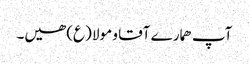
آپ ھمارے آقا و مولا (ع) ھیں۔